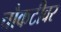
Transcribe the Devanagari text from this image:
चौकटीवर